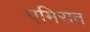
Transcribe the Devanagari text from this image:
एमिरात